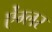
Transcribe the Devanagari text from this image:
ऐंग्लर